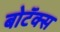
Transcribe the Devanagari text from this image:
बोटॅक्स